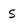
Character: S